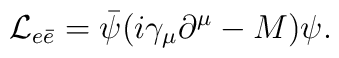
{\cal L}_{e\bar{e}} = \bar{\psi}(i\gamma_\mu\partial^\mu - M)\psi.